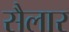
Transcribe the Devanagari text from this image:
सैलार